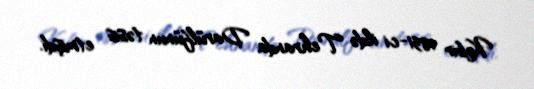
Kəbir 1851-ci ildə Tehranda Darülfünun təsis etmişdi.